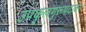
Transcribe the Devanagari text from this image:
उपकुलगुरूपदावर